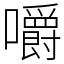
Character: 嚼